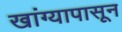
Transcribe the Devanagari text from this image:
खांग्यापासून